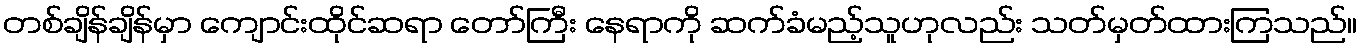
တစ်ချိန်ချိန်မှာ ကျောင်းထိုင်ဆရာ တော်ကြီး နေရာကို ဆက်ခံမည့်သူဟုလည်း သတ်မှတ်ထားကြသည်။